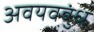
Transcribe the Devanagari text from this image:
अवयवबुंध